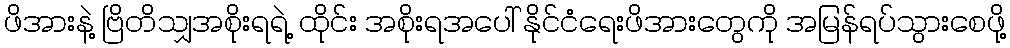
ဖိအားနဲ့ ဗြိတိသျှအစိုးရရဲ့ ထိုင်း အစိုးရအပေါ် နိုင်ငံရေးဖိအားတွေကို အမြန်ရပ်သွားစေဖို့